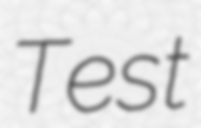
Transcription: Test